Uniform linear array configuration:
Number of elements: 12
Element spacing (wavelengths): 0.75
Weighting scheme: binomial
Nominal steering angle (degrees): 0
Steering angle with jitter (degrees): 0.8393
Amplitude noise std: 0.05
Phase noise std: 0.05

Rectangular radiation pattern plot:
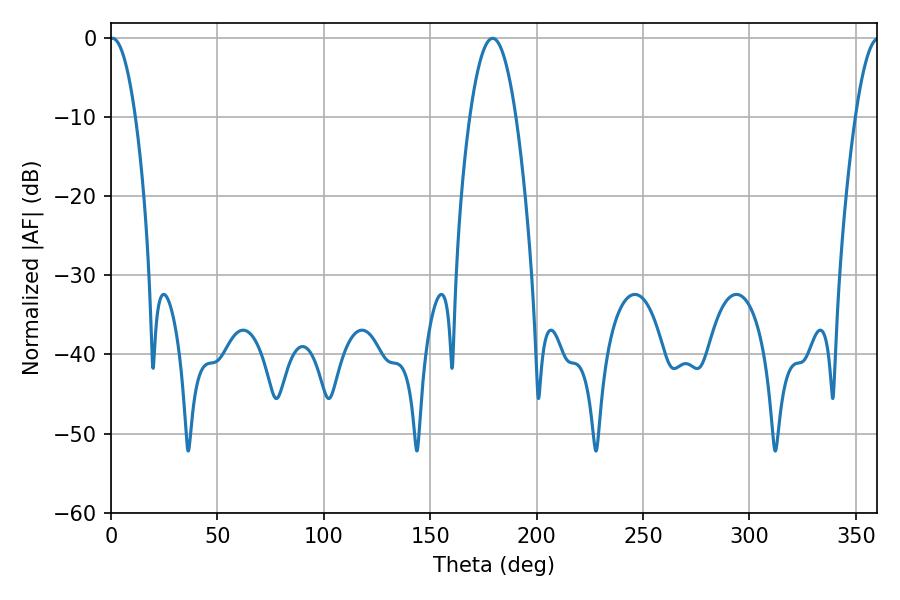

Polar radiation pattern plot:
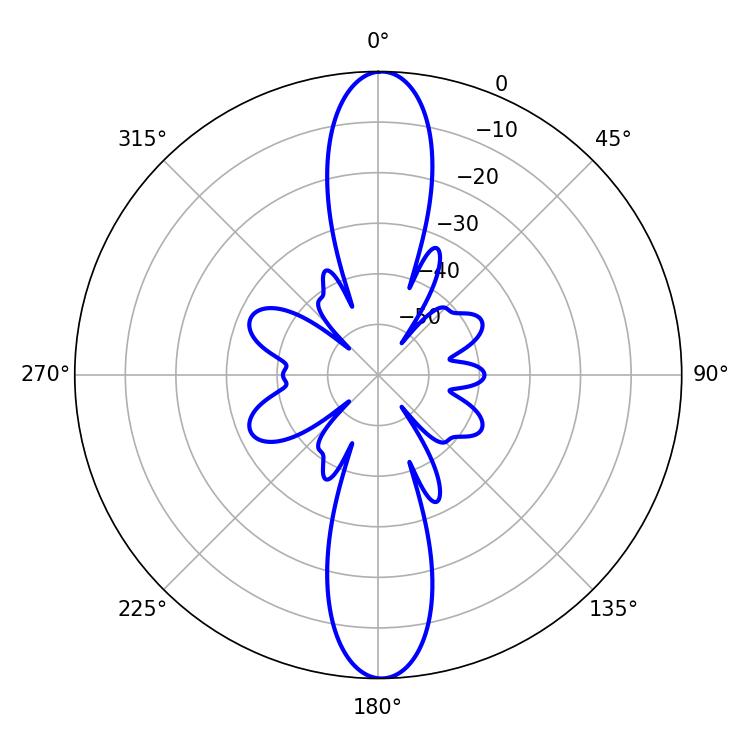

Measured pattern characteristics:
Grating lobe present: TRUE
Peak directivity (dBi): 26.377
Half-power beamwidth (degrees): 6.66
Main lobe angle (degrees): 0.72